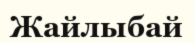
Жайлыбай